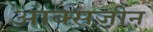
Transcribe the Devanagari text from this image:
आक्सजीन